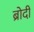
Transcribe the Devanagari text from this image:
ब्रोदी